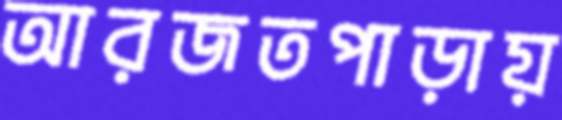
আরজতপাড়ায়